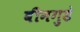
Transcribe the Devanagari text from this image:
बीनगुडे